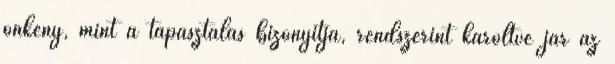
önkény, mint a tapasztalás bizonyítja, rendszerint karöltve jár az